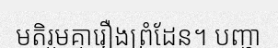
មតិរួមគ្នារឿងព្រំដែន។ បញ្ហា